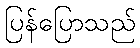
ပြန်ပြောသည်